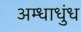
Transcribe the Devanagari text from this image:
अम्धाधुंध